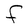
Character: F